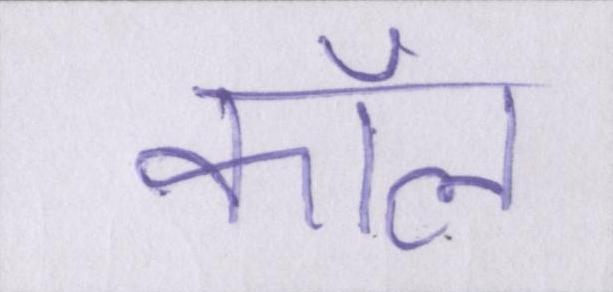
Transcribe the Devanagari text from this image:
कॉल